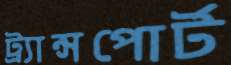
ট্র্যান্সপোর্ট